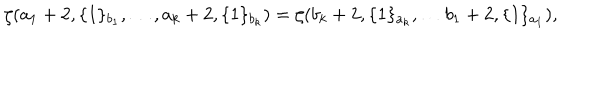
\zeta ( a _ { 1 } + 2 , \{ 1 \} _ { b _ { 1 } } , \dots , a _ { k } + 2 , \{ 1 \} _ { b _ { k } } ) = \zeta ( b _ { k } + 2 , \{ 1 \} _ { a _ { k } } , \dots b _ { 1 } + 2 , \{ 1 \} _ { a _ { 1 } } ) ,